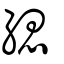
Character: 緦